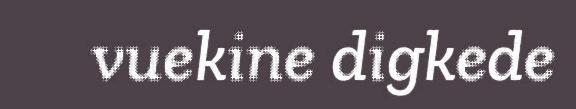
vuekine digkede